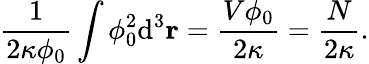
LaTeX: \frac{1}{2\kappa\phi_{0}}\int\phi_{0}^{2}\mathrm{d}^{3}\mathbf{r}=\frac{V\phi_{0}}{2\kappa}=\frac{N}{2\kappa}.